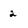
Character: 2